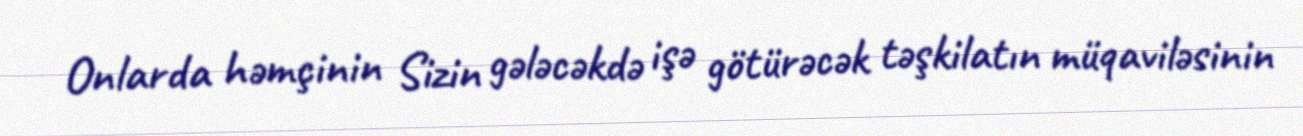
Onlarda həmçinin Sizin gələcəkdə işə götürəcək təşkilatın müqaviləsinin